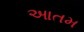
આતમ